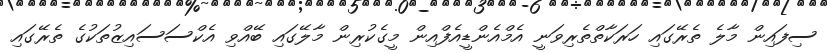
ސިފައިން މާލެ ތެރޭގައި ހަރަކާތްތެރިވަނީ އެމްއެންޑީއެފްއިން މީގެކުރިން މާލޭގައި ބޭއްވި އެކްސަސައިޒުތަކުގެ ތެރޭގައި